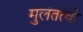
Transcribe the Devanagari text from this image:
मुलतत्वो